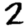
Digit: 2